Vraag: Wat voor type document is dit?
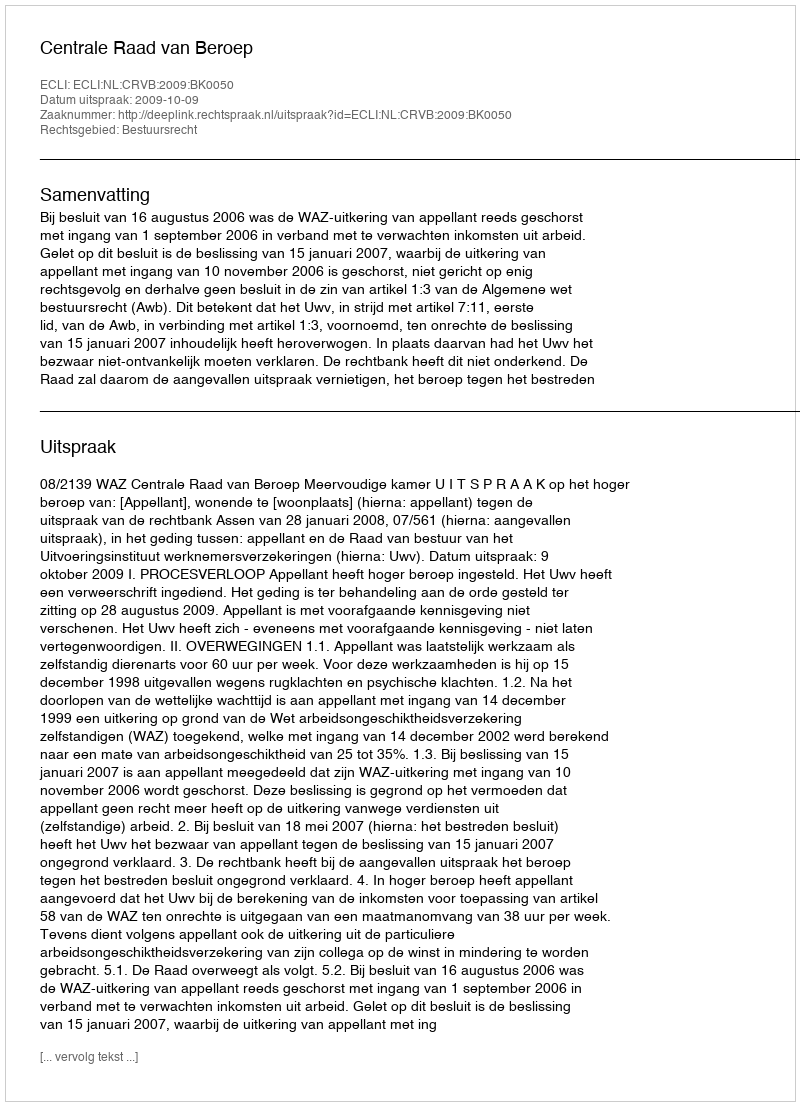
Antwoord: Uitspraak